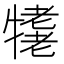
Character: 𤛪